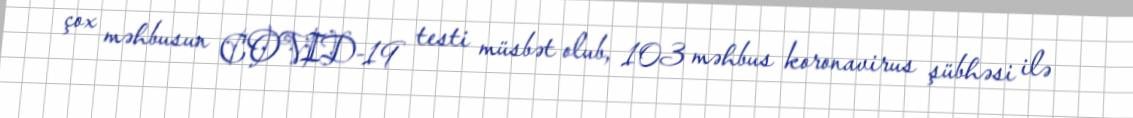
çox məhbusun COVID-19 testi müsbət olub, 103 məhbus koronavirus şübhəsi ilə